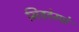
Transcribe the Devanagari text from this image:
मिडटेम्पो